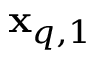
\mathbf { x } _ { q , 1 }